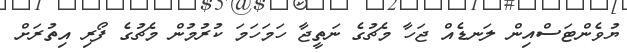
ޔުވެންޓަސްއިން ލަނޑެއް ޖަހާ މެޗުގެ ނަތީޖާ ހަމަހަމަ ކުރުމުން މެޗުގެ ފޯރި އިތުރަށް